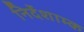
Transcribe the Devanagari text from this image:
निर्देशाम्क